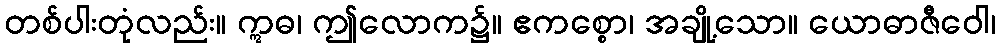
တစ်ပါးတုံလည်း။ ဣဓ၊ ဤလောက၌။ ဧကစ္စော၊ အချို့သော။ ယောဓာဇီဝေါ၊